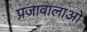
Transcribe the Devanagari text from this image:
प्रजावालाओं